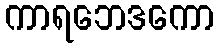
ကာရဘေဒကော